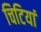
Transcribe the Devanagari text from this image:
चिटियां